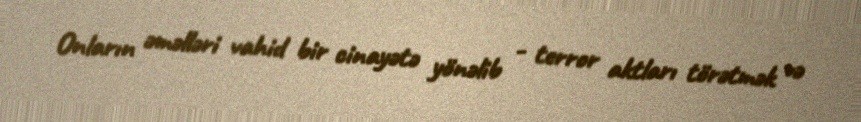
Onların əməlləri vahid bir cinayətə yönəlib - terror aktları törətmək və